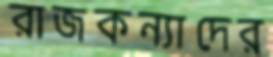
রাজকন্যাদের